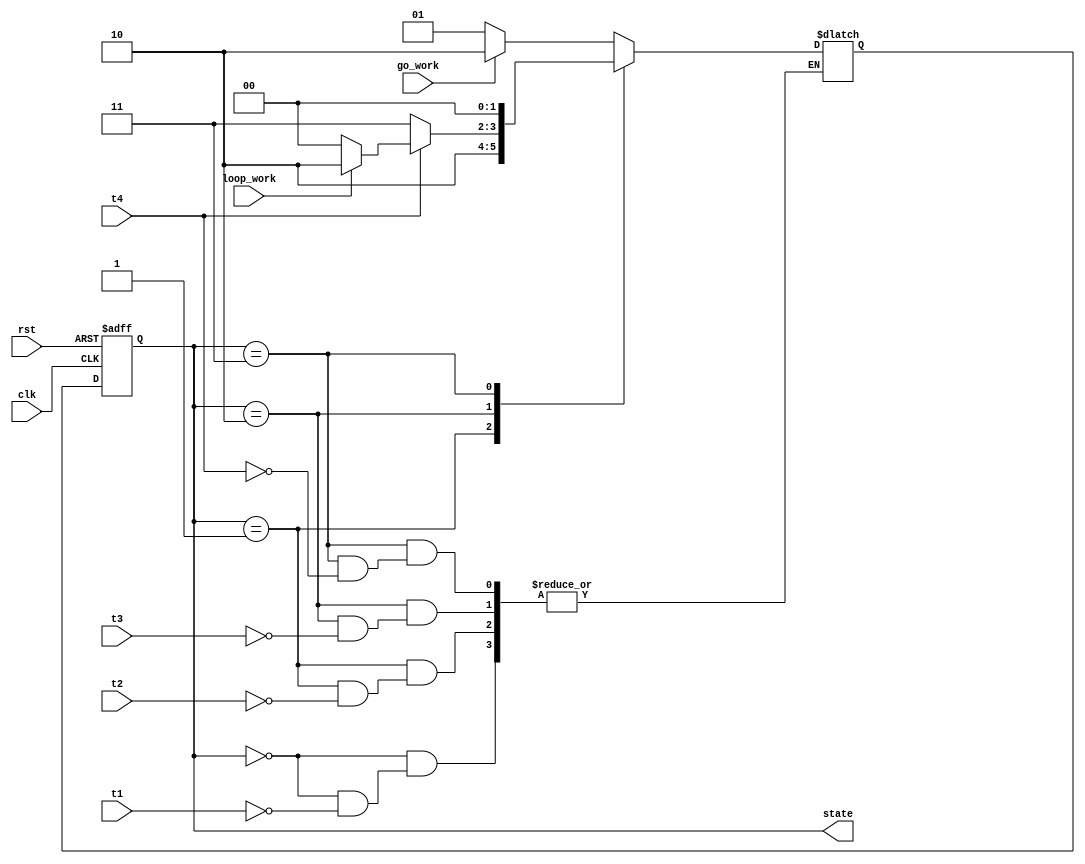
`timescale 1ns / 1ns

// Moore finite-state machine for circular buffer
module buf_fsm(
    input clk,
    input rst,
    input t1,
    input t2,
    input t3, // write or read t3
    input t4, // writing or reading done at opposite bank
    input loop_work, // stay in WORK
    input go_work,
    output reg [1:0] state
);

parameter IDLE = 2'd0, READY = 2'd1, WORK = 2'd2, WAIT = 2'd3;
reg [1:0] nxt_state;

always @(posedge clk or posedge rst) begin // sequential
    if (rst) state <= IDLE;
    else state <= nxt_state;
end

always @* begin // combinational
    case (state)
        IDLE:
            if (t1) nxt_state = go_work ? WORK : READY;
        READY: // start point
            if (t2) nxt_state = WORK;
        WORK:
            if (t3) nxt_state = t4 ? (loop_work ? WORK : IDLE) : WAIT;
        WAIT:
            if (t4) nxt_state = IDLE;
        default:
            nxt_state = IDLE;
    endcase
end

endmodule